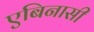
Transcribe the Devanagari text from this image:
एबिनासी